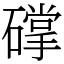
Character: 礃